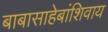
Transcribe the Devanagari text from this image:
बाबासाहेबांशिवाय